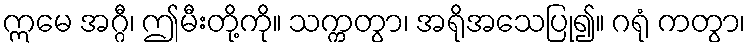
ဣမေ အဂ္ဂီ၊ ဤမီးတို့ကို။ သက္ကတွာ၊ အရိုအသေပြု၍။ ဂရုံ ကတွာ၊